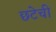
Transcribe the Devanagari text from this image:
छटेची